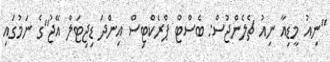
"ނިއު މީޑިއާ ނިއު ޗެލެންޖުސް: ބެސްޓް ޕްރެކްޓިސް އިންދަ ޑިޖިޓަލް އޭޖު"ގެ ނަމުގައި